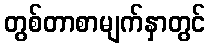
တွစ်တာစာမျက်နှာတွင်